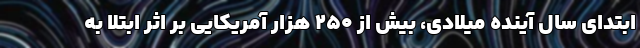
ابتدای سال آینده میلادی، بیش از ۲۵۰ هزار آمریکایی بر اثر ابتلا به